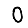
Digit: 0